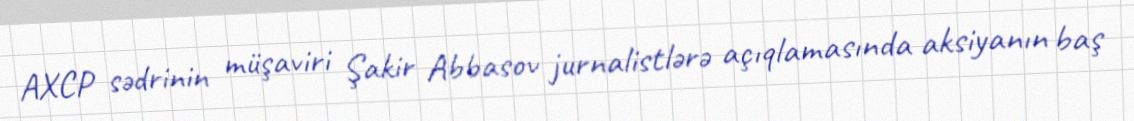
AXCP sədrinin müşaviri Şakir Abbasov jurnalistlərə açıqlamasında aksiyanın baş